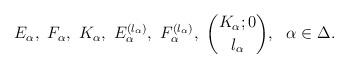
LaTeX: \begin{align*}E_\alpha,\ F_\alpha,\ K_\alpha,\ E_\alpha^{(l_\alpha)},\ F_\alpha^{(l_\alpha)},\ \binom{K_\alpha;0}{l_\alpha},\ \ \alpha\in \Delta.\end{align*}